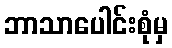
ဘာသာပေါင်းစုံမှ